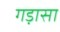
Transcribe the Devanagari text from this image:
गड़ासा